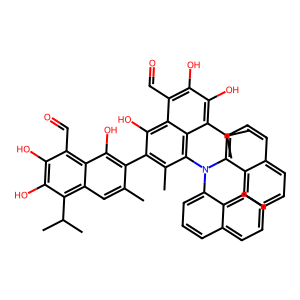
SMILES: Cc1cc2c(C(C)C)c(O)c(O)c(C=O)c2c(O)c1-c1c(C)c(N(c2cccc3ccccc23)c2cccc3ccccc23)c2c(C(C)C)c(O)c(O)c(C=O)c2c1O
Inhibits HIV replication: No